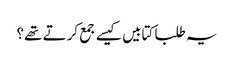
​یہ طلبا کتابیں کیسے جمع کرتے تھے؟